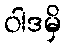
ဝါဒမှိ